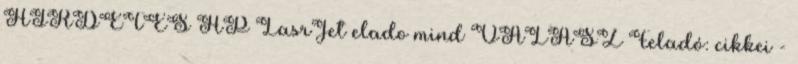
HIRDETES HP LasrJet elado mind VÁLASZ Feladó: cikkei -